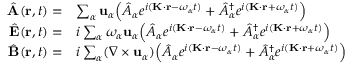
\begin{array} { r l } { \hat { \mathbf { A } } ( \mathbf { r } , t ) = } & { \sum _ { \alpha } \mathbf { u } _ { \alpha } \Big ( \hat { A } _ { \alpha } e ^ { i ( \mathbf { K } \cdot \mathbf { r } - \omega _ { \alpha } t ) } + \hat { A } _ { \alpha } ^ { \dag } e ^ { i ( \mathbf { K } \cdot \mathbf { r } + \omega _ { \alpha } t ) } \Big ) } \\ { \hat { \mathbf { E } } ( \mathbf { r } , t ) = } & { i \sum _ { \alpha } \omega _ { \alpha } \mathbf { u } _ { \alpha } \Big ( \hat { A } _ { \alpha } e ^ { i ( \mathbf { K } \cdot \mathbf { r } - \omega _ { \alpha } t ) } + \hat { A } _ { \alpha } ^ { \dag } e ^ { i ( \mathbf { K } \cdot \mathbf { r } + \omega _ { \alpha } t ) } \Big ) } \\ { \hat { \mathbf { B } } ( \mathbf { r } , t ) = } & { i \sum _ { \alpha } ( \nabla \times \mathbf { u } _ { \alpha } ) \Big ( \hat { A } _ { \alpha } e ^ { i ( \mathbf { K } \cdot \mathbf { r } - \omega _ { \alpha } t ) } + \hat { A } _ { \alpha } ^ { \dag } e ^ { i ( \mathbf { K } \cdot \mathbf { r } + \omega _ { \alpha } t ) } \Big ) } \end{array}